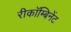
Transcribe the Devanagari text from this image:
रीकॉम्बिनेंट